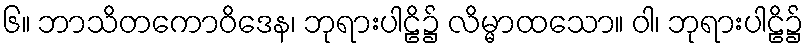
၆။ ဘာသိတကောဝိဒေန၊ ဘုရားပါဠိ၌ လိမ္မာထသော။ ဝါ၊ ဘုရားပါဠိ၌